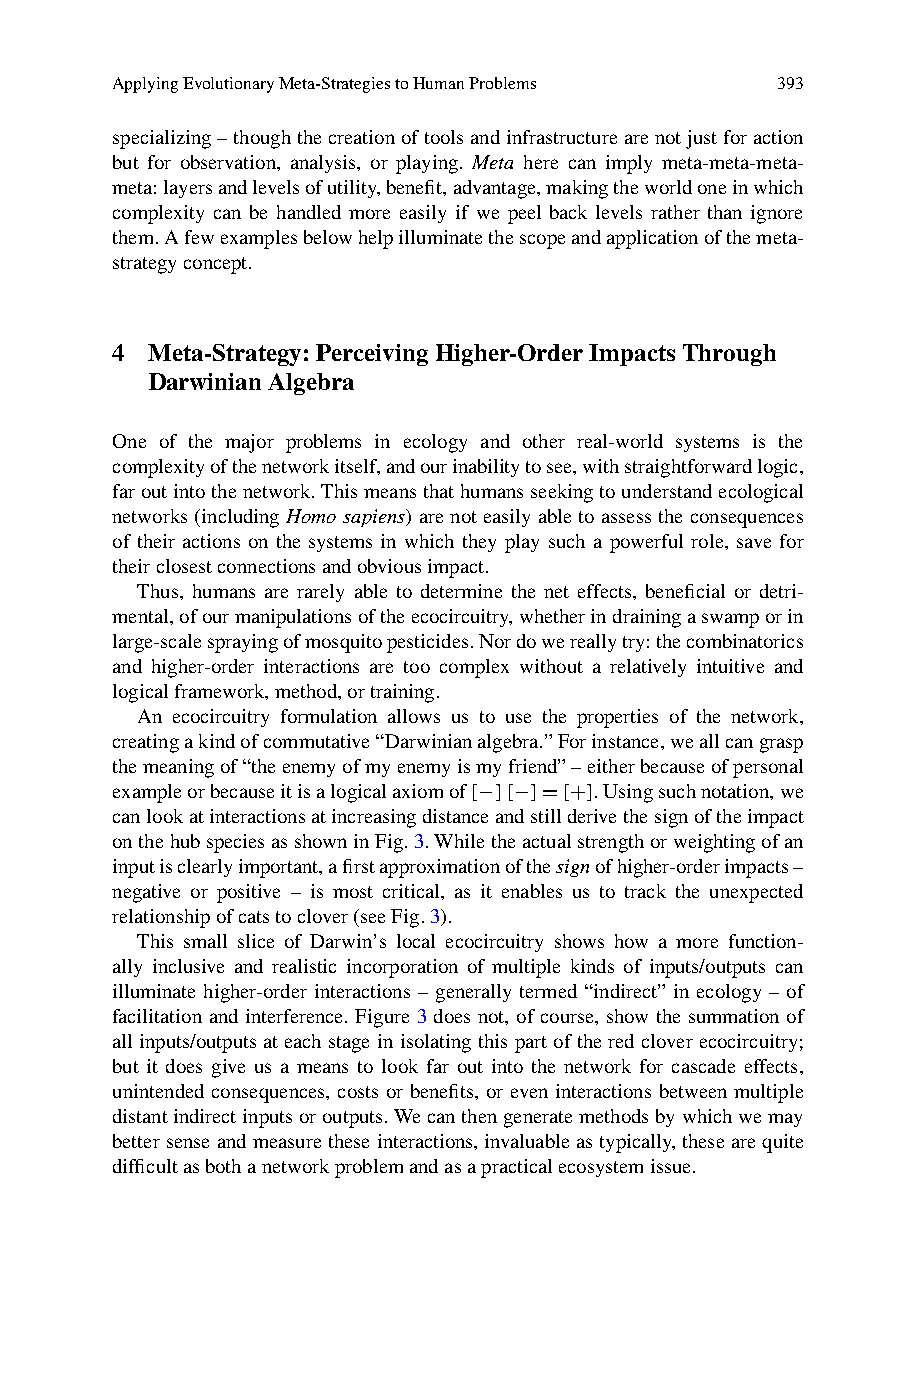
ApplyingEvolutionaryMeta-StrategiestoHumanProblems 393
 specializing–thoughthecreationoftoolsandinfrastructurearenotjustforaction
 but for observation, analysis, or playing. Meta here can imply meta-meta-meta-
 meta:layersandlevelsofutility,benefit,advantage,makingtheworldoneinwhich
 complexity can be handled more easily if we peel back levels rather than ignore
 them.Afewexamplesbelowhelpilluminatethescopeandapplicationofthemeta-
 strategyconcept.
 4  Meta-Strategy:PerceivingHigher-OrderImpactsThrough
 DarwinianAlgebra
 One of the major problems in ecology and other real-world systems is the
 complexityofthenetworkitself,andourinabilitytosee,withstraightforwardlogic,
 faroutintothenetwork.Thismeansthathumansseekingtounderstandecological
 networks (including Homo sapiens) arenoteasilyable toassessthe consequences
 of their actions on the systems in which they play such a powerful role, save for
 theirclosestconnectionsandobviousimpact.
 Thus, humans are rarely able to determine the net effects, beneficial or detri-
 mental,ofourmanipulationsoftheecocircuitry,whetherindrainingaswamporin
 large-scalesprayingofmosquitopesticides.Nordowereallytry:thecombinatorics
 and higher-order interactions are too complex without a relatively intuitive and
 logicalframework,method,ortraining.
 An ecocircuitry formulation allows us to use the properties of the network,
 creatingakindofcommutative“Darwinianalgebra.”Forinstance,weallcangrasp
 themeaningof“theenemyofmyenemyismyfriend”–eitherbecauseofpersonal
 exampleorbecauseitisalogicalaxiomof[−][−]=[+].Usingsuchnotation,we
 canlookatinteractionsatincreasingdistanceandstillderivethesignoftheimpact
 onthehubspeciesasshowninFig.3.Whiletheactualstrengthorweightingofan
 inputisclearlyimportant,afirstapproximationofthesignofhigher-orderimpacts–
 negative or positive – is most critical, as it enables us to track the unexpected
 relationshipofcatstoclover(seeFig.3).
 This small slice of Darwin’s local ecocircuitry shows how a more function-
 ally inclusive and realistic incorporation of multiple kinds of inputs/outputs can
 illuminate higher-order interactions – generally termed “indirect” in ecology – of
 facilitation and interference. Figure 3 does not, of course, show the summation of
 all inputs/outputs at each stage in isolating this part of the red clover ecocircuitry;
 but it does give us a means to look far out into the network for cascade effects,
 unintended consequences, costs or benefits, or even interactions between multiple
 distantindirectinputsoroutputs.Wecanthengeneratemethodsbywhichwemay
 bettersenseandmeasuretheseinteractions,invaluableastypically,thesearequite
 difficultasbothanetworkproblemandasapracticalecosystemissue.